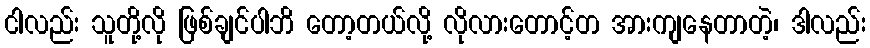
ငါလည်း သူတို့လို ဖြစ်ချင်ပါဘိ တော့တယ်လို့ လိုလားတောင့်တ အားကျနေတာတဲ့၊ ဒါလည်း